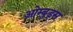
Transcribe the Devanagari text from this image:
ओम्बुड्स